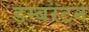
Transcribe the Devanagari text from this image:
डम्बरटन